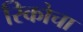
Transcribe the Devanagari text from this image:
रिकोचा